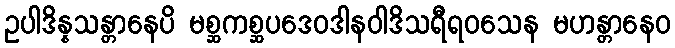
ဥပါဒိန္နသန္တာနေပိ မစ္ဆကစ္ဆပဒေဝဒါနဝါဒိသရီရဝသေန မဟန္တာနေဝ